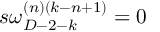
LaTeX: s \omega _ { D - 2 - k } ^ { ( n ) ( k - n + 1 ) } = 0